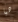
هيا